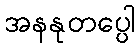
အနနုတပ္ပေါ